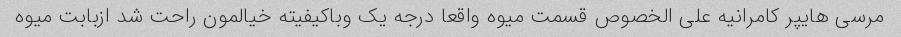
مرسی هایپر کامرانیه علی الخصوص قسمت میوه واقعا درجه یک وباکیفیته خیالمون راحت شد ازبابت میوه